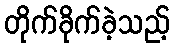
တိုက်ခိုက်ခဲ့သည့်